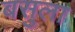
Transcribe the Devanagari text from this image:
बसुला